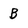
Character: B